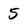
Character: 5